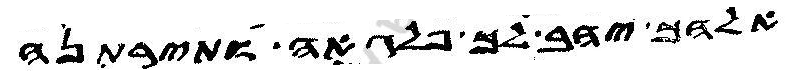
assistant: אלהך יהב לך פלגאה ותירתנה